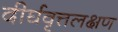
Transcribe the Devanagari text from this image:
दीर्घवृत्तलक्षण